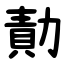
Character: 勣